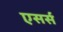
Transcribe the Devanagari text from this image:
एसर्स